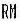
RM